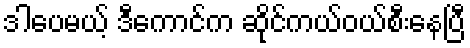
ဒါပေမယ့် ဒီကောင်က ဆိုင်ကယ်ဝယ်စီးနေပြီ